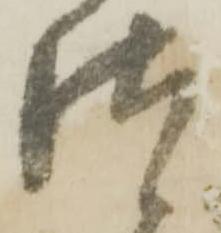
つ